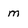
Character: m